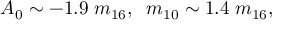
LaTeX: A _ { 0 } \sim - 1 . 9 \; m _ { 1 6 } , \; \; m _ { 1 0 } \sim 1 . 4 \; m _ { 1 6 } , \; \; \;